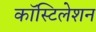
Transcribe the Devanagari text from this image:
कॉस्टिलेशन